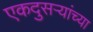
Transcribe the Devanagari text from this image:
एकदुसऱ्यांच्या